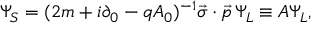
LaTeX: \Psi _ { S } = ( 2 m + i \partial _ { 0 } - q A _ { 0 } ) ^ { - 1 } \vec { \sigma } \cdot \vec { p } \, \Psi _ { L } \equiv A \Psi _ { L } ,